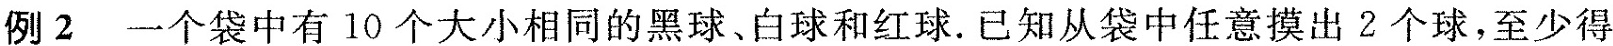
例2 一个袋中有10个大小相同的黑球、白球和红球.已知从袋中任意摸出2个球，至少